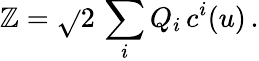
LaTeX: {\cal\mathbb{Z}}=\sqrt{}{{2}}\, \sum_{i}Q_{i}\, c^{i}(u)\, .